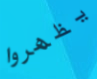
يظهروا